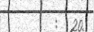
:  :  20